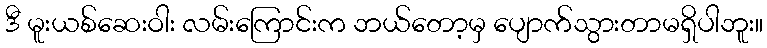
ဒီ မူးယစ်ဆေးဝါး လမ်းကြောင်းက ဘယ်တော့မှ ပျောက်သွားတာမရှိပါဘူး။